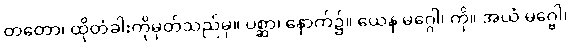
တတော၊ ထိုတံခါးကိုမှတ်သည်မှ။ ပစ္ဆာ၊ နောက်၌။ ယေန မဂ္ဂေါ၊ ကို။ အယံ မဂ္ဗေါ၊